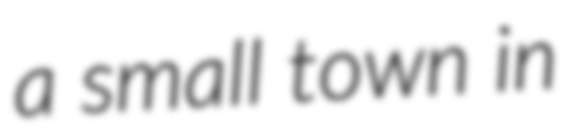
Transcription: a small town in